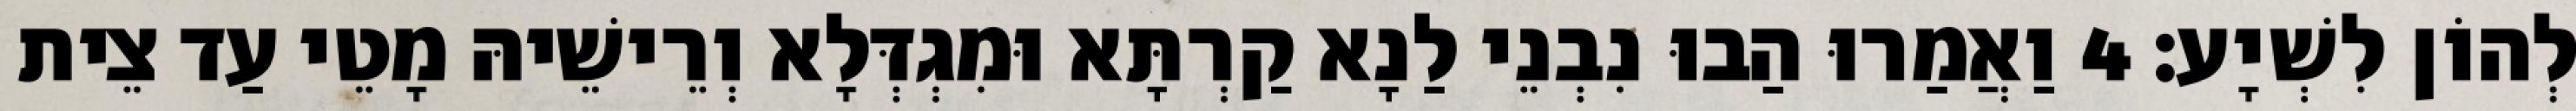
לְהוֹן לִשְׁיָע׃ 4 וַאֲמַרוּ הַבוּ נִבְנֵי לַנָא קַרְתָּא וּמִגְדְּלָא וְרֵישֵׁיהּ מָטֵי עַד צֵית